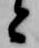
と